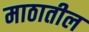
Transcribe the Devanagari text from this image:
माठातील